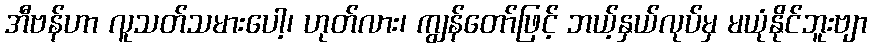
အီဗန်ဟာ လူသတ်သမားပေါ့၊ ဟုတ်လား၊ ကျွန်တော်ဖြင့် ဘယ့်နှယ်လုပ်မှ မယုံနိုင်ဘူးဗျာ